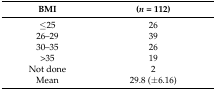
| BMI | (n = 112) |
 | --- | --- |
 | ≤25 | 26 |
 | 26–29 | 39 |
 | 30–35 | 26 |
 | >35 | 19 |
 | Not done | 2 |
 | Mean | 29.8 (±6.16) |